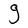
Character: g